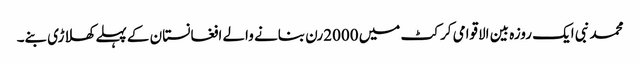
محمد نبی ایک روزہ بین الاقوامی کرکٹ میں 2000رن بنانے والے افغانستان کے پہلے کھلاڑی بنے۔